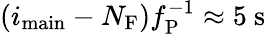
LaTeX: (i_{\mathrm{main}}-N_{\mathrm{F}})f_{\mathrm{P}}^{-1}\approx 5~\mathrm{s}